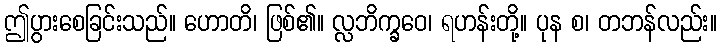
ဤပွားစေခြင်းသည်။ ဟောတိ၊ ဖြစ်၏။ လ္လဘိက္ခဝေ၊ ရဟန်းတို့။ ပုန စ၊ တဘန်လည်း။